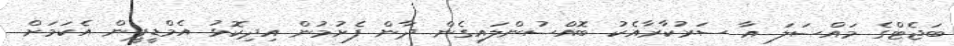
ބަޖެޓްގެ މައްސަލަ އާ ސަރުކާރާއެކު ބޮއްސުންލައިގެން ދާން ފެށުމުން އިދިކޮޅު އެމްޑީޕީން އެކަމަށް